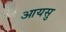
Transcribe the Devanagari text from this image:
आयसु